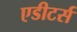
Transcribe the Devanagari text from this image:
एडीटर्स